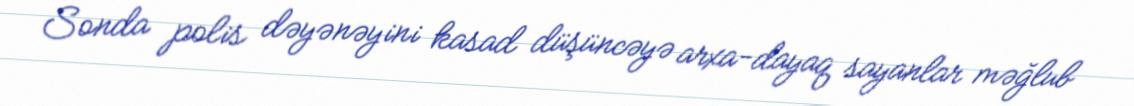
Sonda polis dəyənəyini kasad düşüncəyə arxa-dayaq sayanlar məğlub